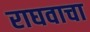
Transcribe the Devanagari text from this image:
राघवाचा